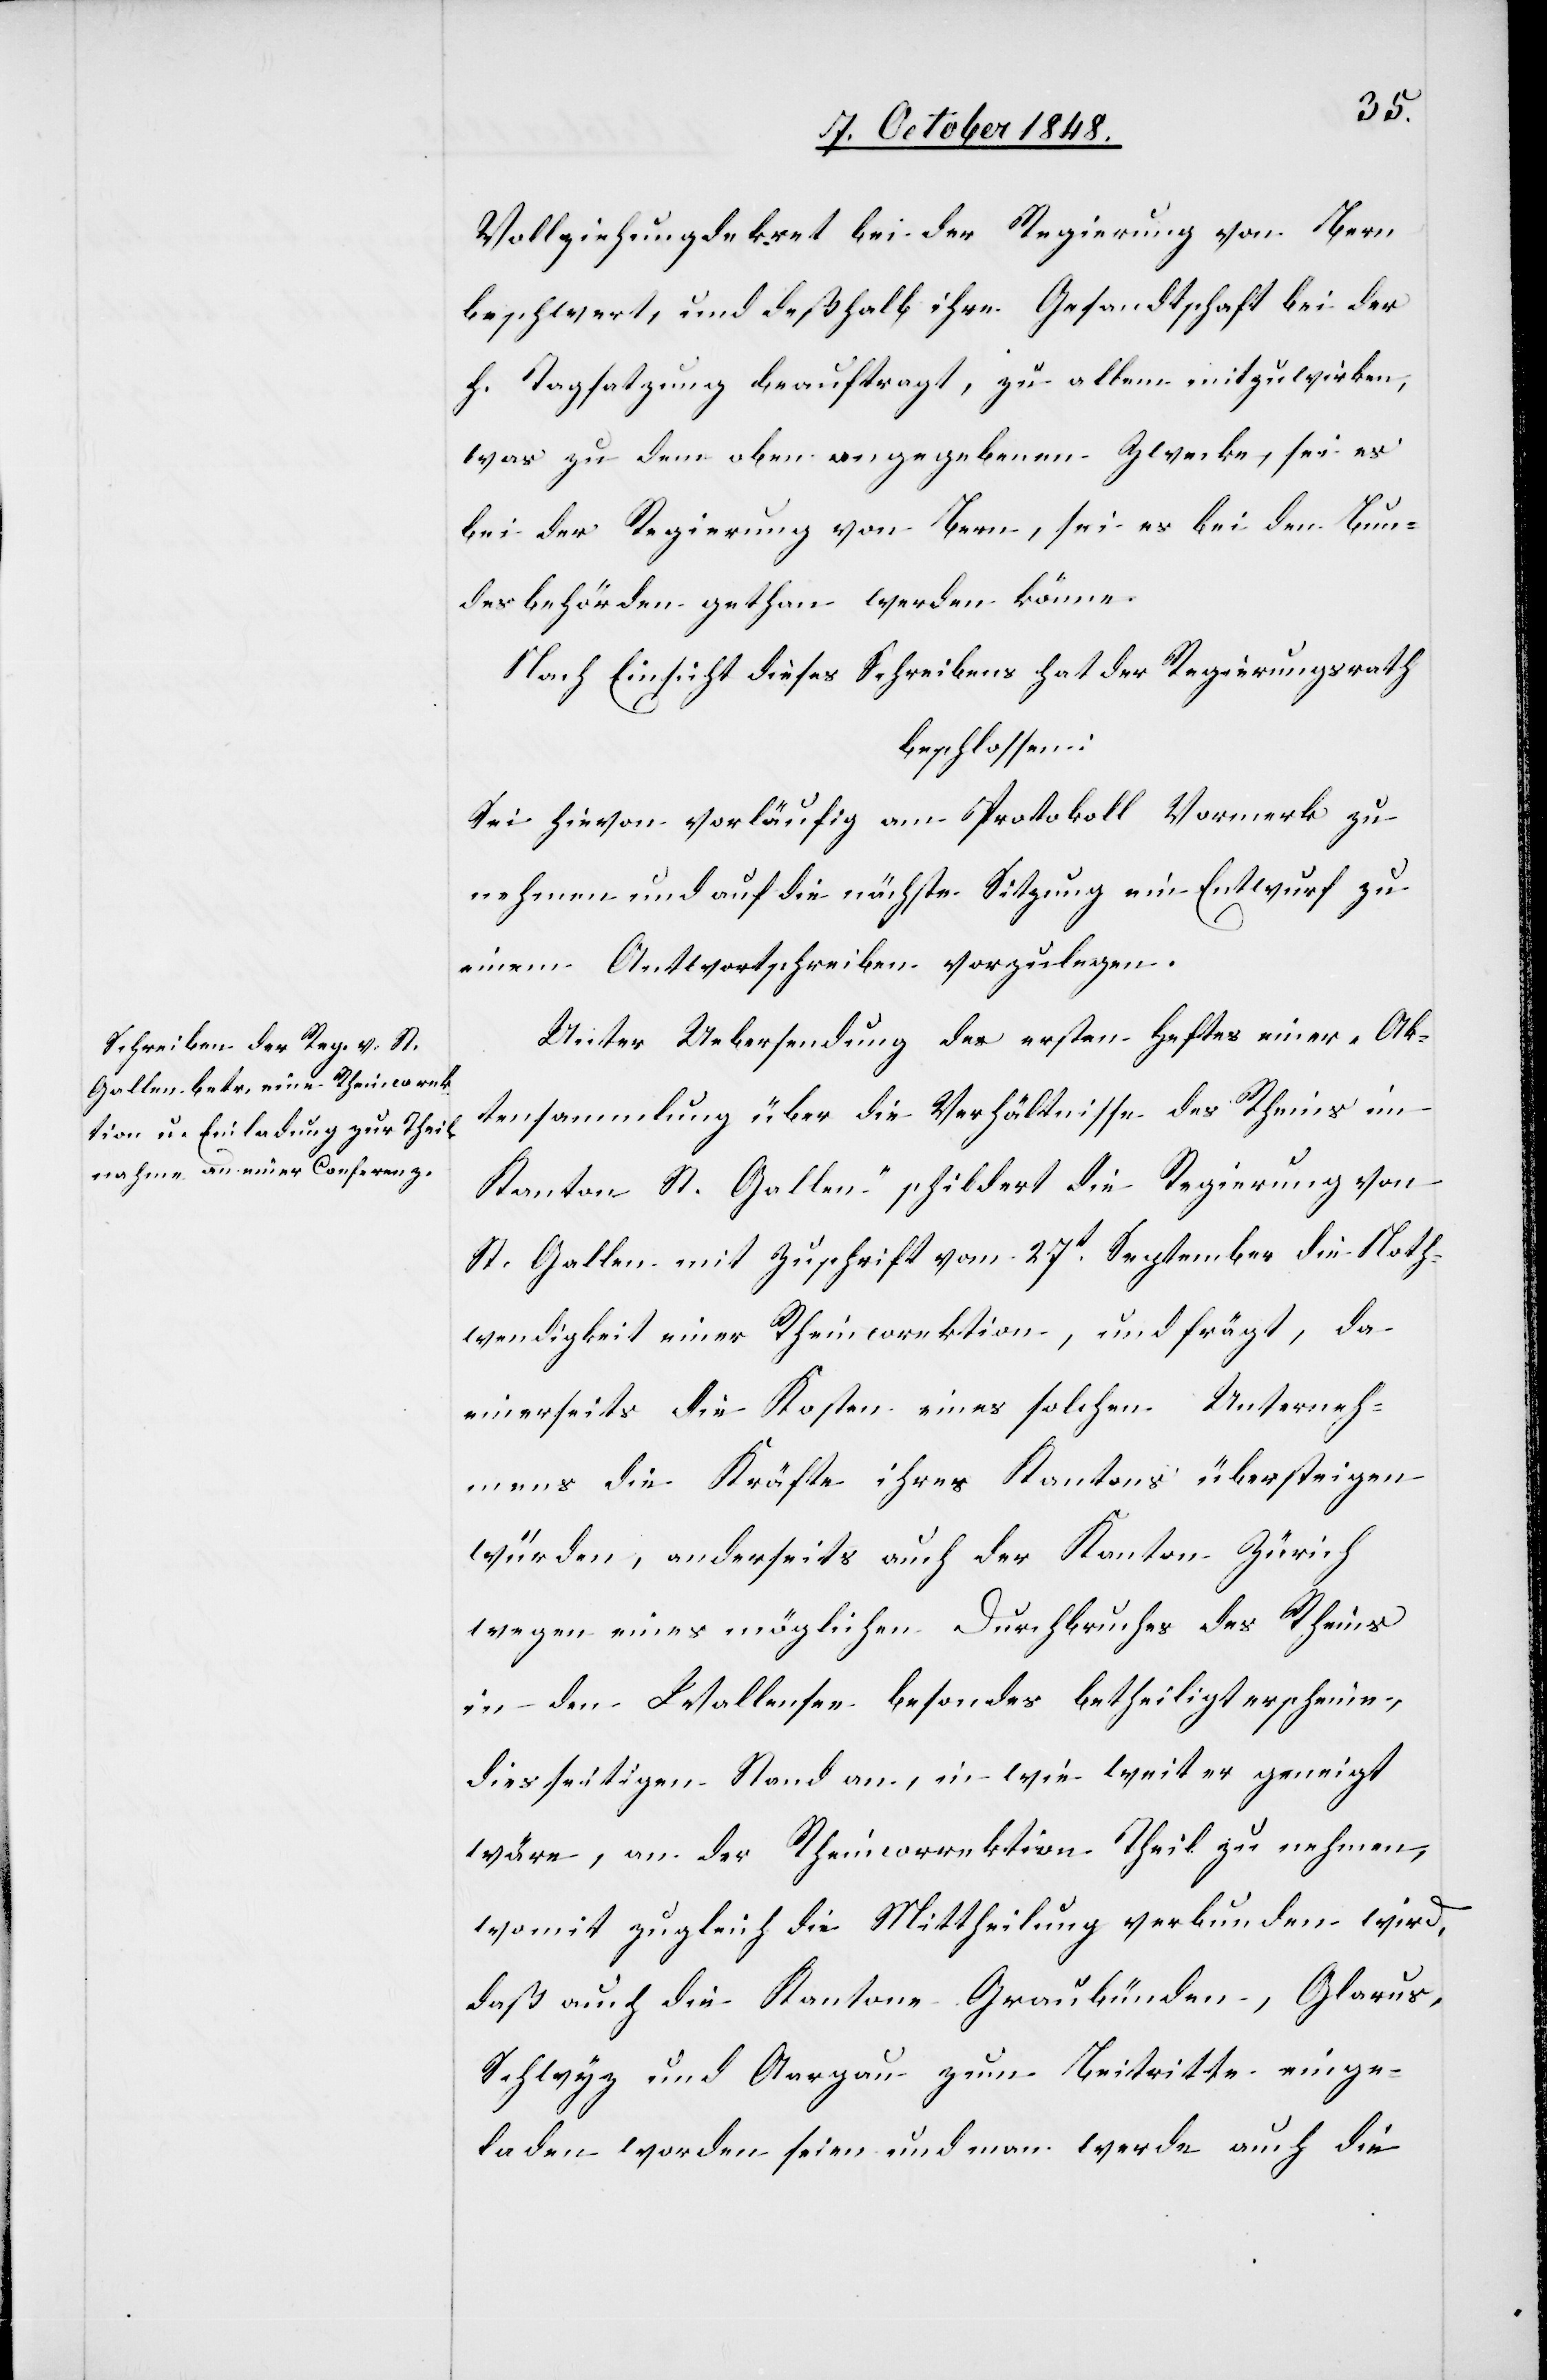
Vollziehungsdekret bei der Regierung von Bern
beschwert, und deßhalb ihre Gesandtschaft bei der
h. Tagsatzung beauftragt, zu allem mitzuwirken,
was zu dem oben angegebenen Zwecke, sei es
bei der Regierung von Bern, sei es bei den Bun¬
desbehörden gethan werden könne.
Nach Einsicht dieses Schreibens hat der Regierungsrath
beschlossen:
Sei hievon vorläufig am Protokoll Vormerk zu
nehmen und auf die nächste Sitzung ein Entwurf zu
einem Antwortschreiben vorzulegen.
Unter Uebersendung des ersten Heftes einer Ak¬
tensammlung über [„]die Verhältnisse des Rheins im
Kanton St. Gallen“ schildert die Regierung von
St. Gallen mit Zuschrift vom 27t. September die Noth¬
wendigkeit einer Rheincorektion, und frägt, da
einerseits die Kosten eines solchen Unterneh¬
mens die Kräfte ihres Kantons übersteigen
würden, anderseits auch der Kanton Zürich
wegen eines möglichen Durchbruches des Rheins
in den Wallensee besonde[r]s betheiligt erscheine,
diesseitigen Stand an, in wie weit er geneigt
wäre, an der Rheincorrektion Theil zu nehmen,
womit zugleich die Mittheilung verbunden wird,
daß auch die Kantone Graubünden, Glarus,
Schwyz und Aargau zum Beitritte einge¬
laden worden seien und man werde auch die